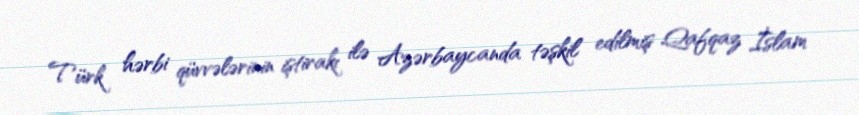
Türk hərbi qüvvələrinin iştirakı ilə Azərbaycanda təşkil edilmiş Qafqaz İslam